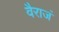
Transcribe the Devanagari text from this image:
वैराजं